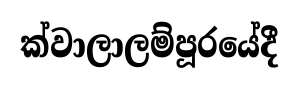
ක්වාලාලම්පූරයේදී